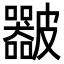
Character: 𥀴